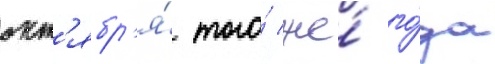
окт'ябр'я́ того́ же́ го́да